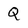
Character: Q